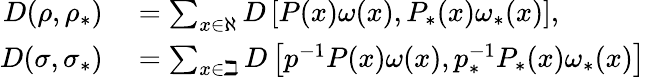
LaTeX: \begin{array}{rl}{D(\rho,\rho_{\ast})}&{{}=\sum_{\substack{x\in\aleph}}D\left[P(x)\omega(x),P_{\ast}(x)\omega_{\ast}(x)\right],}\\ {D(\sigma,\sigma_{\ast})}&{{}=\sum_{x\in\beth}D\left[p^{-1}P(x)\omega(x),p_{\ast}^{-1}P_{\ast}(x)\omega_{\ast}(x)\right]}\end{array}